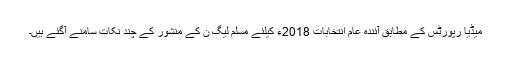
میڈیا رپورٹس کے مطابق آئندہ عام انتخابات 2018ء کیلئے مسلم لیگ ن کے منشور کے چند نکات سامنے آگئے ہیں۔